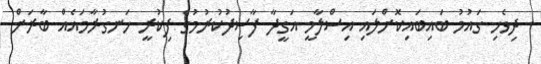
ދިވެހި ގައުމު ބައިބައިކޮށްލައި އިސްލާމީ އަގީދާ ފާސިދުކުރުމުގެ ފިކުރީ ހަނގުރާމައެއް ބާރަށް